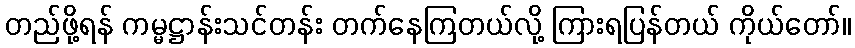
တည်ဖို့ရန် ကမ္မဋ္ဌာန်းသင်တန်း တက်နေကြတယ်လို့ ကြားရပြန်တယ် ကိုယ်တော်။